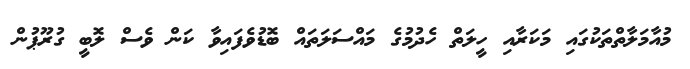
މުއާމަލާތްތަކުގައި މަކަރާއި ހީލަތް ހެދުމުގެ މައްސަލަތައް ބޮޑުވެފައިވާ ކަން ވެސް ލޮބީ ގުރޫޕުން